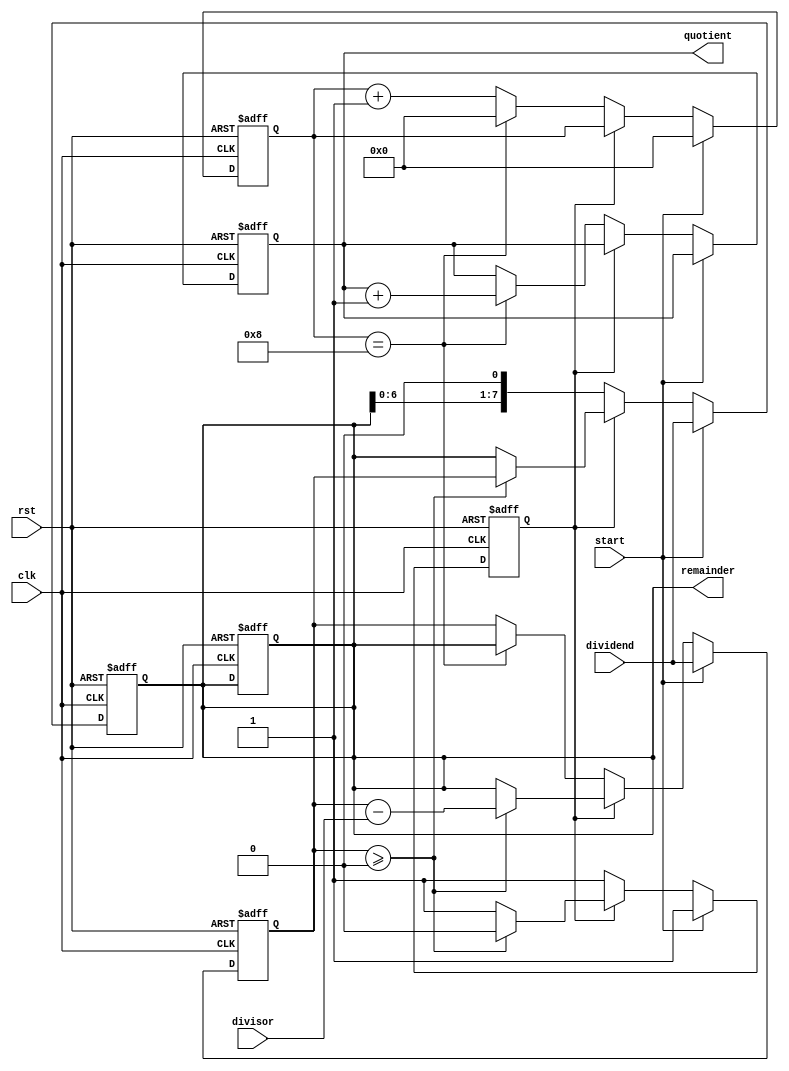
module divisor_non_restoring (
    input      wire      clk,
    input      wire      rst,
    input      wire      start,
    input      wire      [7:0] dividend,
    input      wire      [7:0] divisor,
    output reg [7:0] quotient,
    output reg [7:0] remainder
);

reg [7:0] result;
reg [7:0] temp_remainder;
reg [3:0] shift_count;
reg        subtract_flag;
reg        next_operation;

always @(posedge clk or posedge rst) begin
    if (rst) begin
        quotient <= 8'b0;
        remainder <= 8'b0;
        result <= 8'b0;
        temp_remainder <= 8'b0;
        shift_count <= 4'b0;
        subtract_flag <= 1'b0;
        next_operation <= 1'b0;
    end else begin
        if (start) begin
            result <= dividend;
            temp_remainder <= dividend;
            subtract_flag <= 1'b1;
            shift_count <= 4'b0;
            next_operation <= 1'b0;
        end else begin
            if (subtract_flag) begin
                result <= result - divisor;
                if (result >= 8'b0) begin
                    temp_remainder <= result;
                    subtract_flag <= 1'b0;
                    next_operation <= 1'b1;
                end else begin
                    result <= temp_remainder;
                    temp_remainder <= temp_remainder;
                    subtract_flag <= 1'b1;
                    next_operation <= 1'b0;
                end
            end else begin
                temp_remainder <= temp_remainder << 1;
                shift_count <= shift_count + 1;
                subtract_flag <= 1'b1;
                if (shift_count == 4'h8) begin
                    quotient <= quotient + 8'b1;
                    shift_count <= 4'b0;
                    result <= temp_remainder;
                end
            end
        end
    end
end

assign remainder = temp_remainder;

endmodule